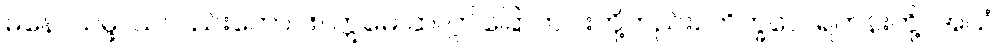
မနောသမ္ဖဿလည်းကောင်း။ ဣမေ ဆ၊ ဤခြောက်ပါးတို့တည်း။ ဘိက္ခဝေ၊ ရဟန်းတို့။ အယံ၊